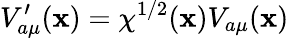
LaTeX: V_{a\mu}^{\prime}(\mathbf{x})=\chi^{1/2}(\mathbf{x})V_{a\mu}(\mathbf{x})